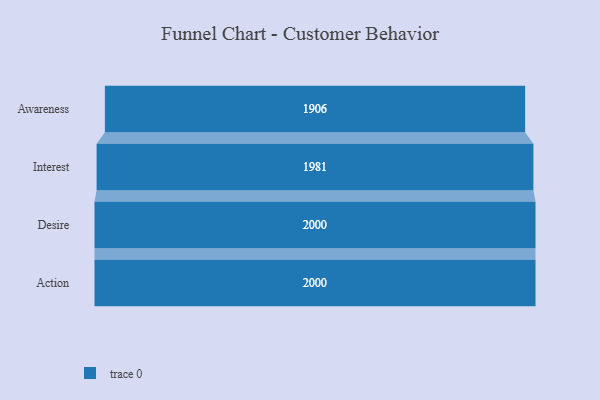
{"axis": {"x": "Stage", "y": "Value"}, "legend": [""], "data": [{"x": "Awareness", "y": 1906.0, "type": ""}, {"x": "Interest", "y": 1981.0, "type": ""}, {"x": "Desire", "y": 2000, "type": ""}, {"x": "Action", "y": 2000, "type": ""}]}